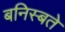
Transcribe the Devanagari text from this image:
बनिस्बते